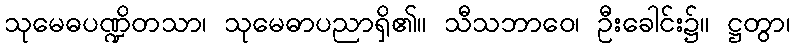
သုမေဓပဏ္ဍိတသာ၊ သုမေဓာပညာရှိ၏။ သီသဘာဝေ၊ ဦးခေါင်း၌။ ဋ္ဌတွာ၊